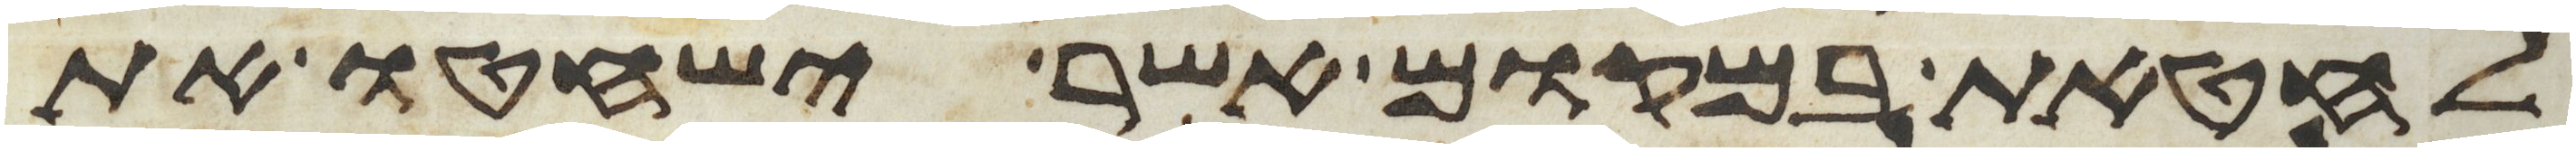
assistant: לחטאת במקום אשר ישחטו את